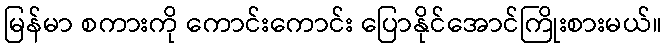
မြန်မာ စကားကို ကောင်းကောင်း ပြောနိုင်အောင်ကြိုးစားမယ်။